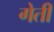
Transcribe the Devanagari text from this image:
गेती